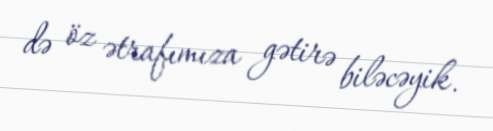
də öz ətrafımıza gətirə biləcəyik.